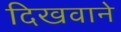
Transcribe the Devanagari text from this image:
दिखवाने